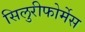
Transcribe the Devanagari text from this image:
सिलुरीफोर्मेस